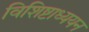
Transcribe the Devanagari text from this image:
विशिष्टाध्ययन